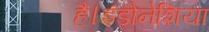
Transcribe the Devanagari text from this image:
है।इंडोनेशिया